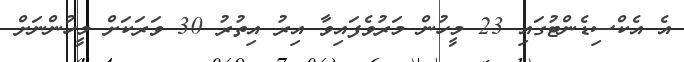
އެ އެކްސިޑެންޓުގައި 23 މީހުން މަރުވެފައިވާ އިރު އިތުރު 30 ވަރަކަށް މީހުންނަށް